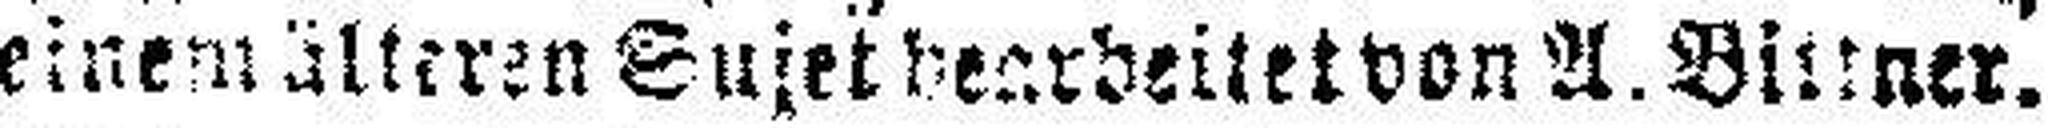
einem älteren Sujet bearbeitet von A. Bittner.